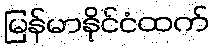
မြန်မာနိုင်ငံထက်